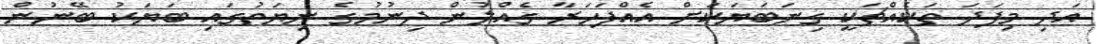
އަދި މިފަދަ ތަކެއްޗަކީ ގިނަބަޔަކަށް އެއްފަހަރާ ގެއްލުން ދިނުމުގެ ނިޔަތުގައި ބަޔަކު ބޭނުން